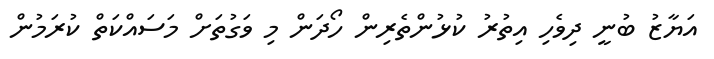
އަޔާޒު ބުނީ ދިވެހި އިތުރު ކުޅުންތެރިން ހޯދަން މި ވަގުތަށް މަސައްކަތް ކުރަމުން